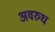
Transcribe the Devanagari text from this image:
अवरुध